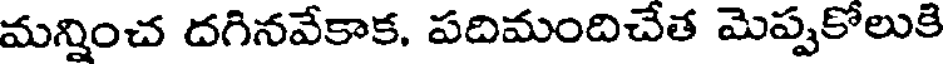
మన్నించ దగినవేకాక, పదిమందిచేత మెప్పకోలుకి